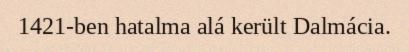
1421-ben hatalma alá került Dalmácia.